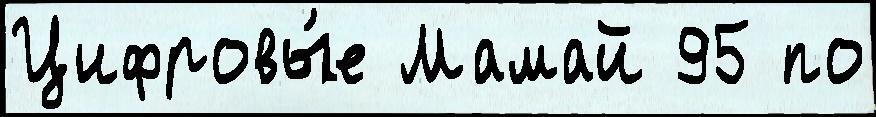
Цифровы́е Мамай 95 по